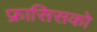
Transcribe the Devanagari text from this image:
फ्रासिसको